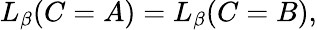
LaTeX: \begin{array}{r}{L_{\beta}(C=A)=L_{\beta}(C=B),}\end{array}